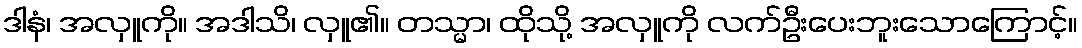
ဒါနံ၊ အလှူကို။ အဒါသိ၊ လှူ၏။ တသ္မာ၊ ထိုသို့ အလှူကို လက်ဦးပေးဘူးသောကြောင့်။